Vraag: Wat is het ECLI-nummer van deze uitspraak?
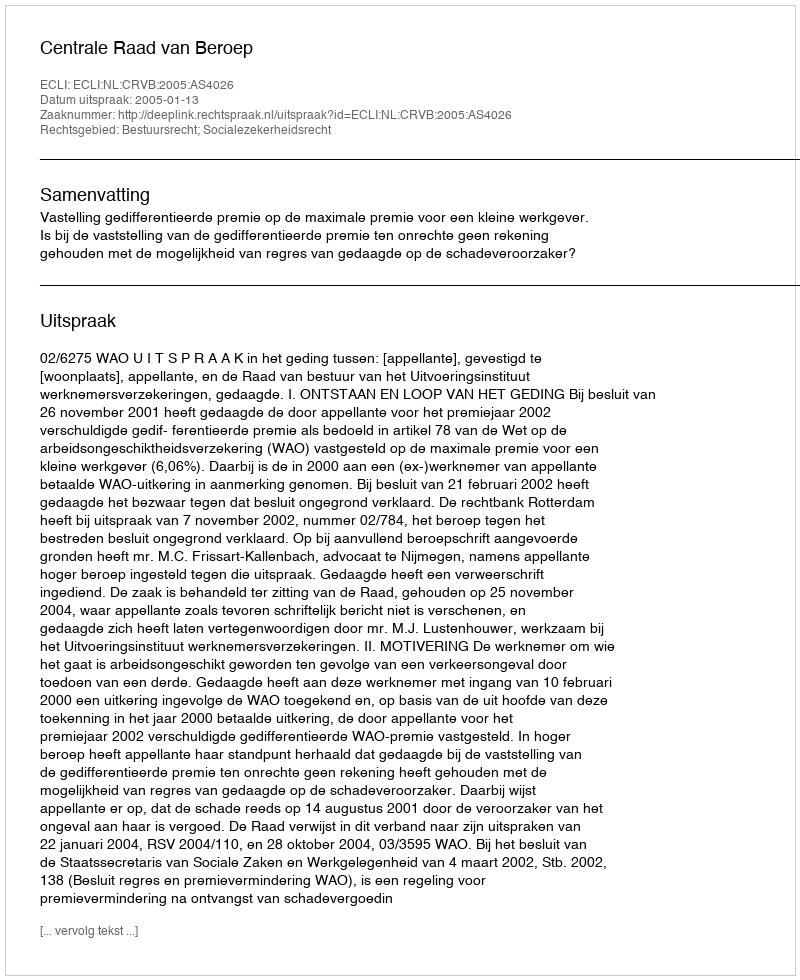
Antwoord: ECLI:NL:CRVB:2005:AS4026